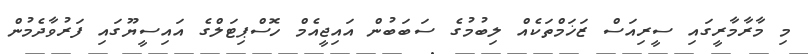
މި މާރާމާރީގައި ސީރިއަސް ޒަޚަމްތަކެއް ލިބުމުގެ ސަބަބުން އައިޖީއެމް ހޮސްޕިޓަލްގެ އައިސީޔޫގައި ފަރުވާދެމުން